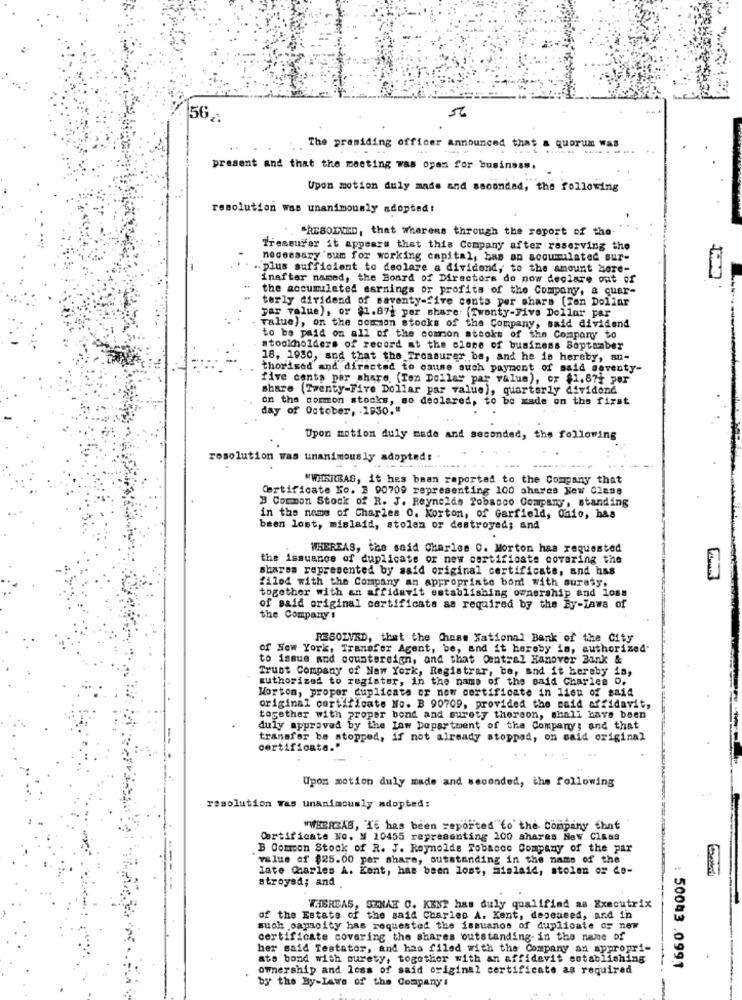
56 ,-
The presiding officer announced that a quorum was
present and that the meeting was open for business.
Upon motion duly made and ssounded, the following
resolution was unanimously adopted!
"REBOLNED, that whereas through the roport of the-
Treseurer it appears that this Company after reserving the
necessary 'sum for working capital, has an accumulated sur-
.. plus sufficient to deolare a dividend, to the amount hore-
inafter named, the Board of Directors do now declare out of
the accumulated earnings or profits of the Company, a quar-
terly dividend of seventy-five conts per share [Ten Dollar
par value), or $1.87; por share: [Twenty-Five Dollar par
value), on the common stocks of the Company, said dividend
to be paid on all of the common stocks of the Company to
stockholders of record at the clone of business Soptamber
18, 1930, and that the Treasurer be, and he is hereby, au-
thorised and directed to cause such payment of said seventy-
five centa per share. (Ten Dollar par value), or $1.87t per
share (Twenty-Five Dollar par value), quarterly dividend
on the common stocks, so declared, to be xade on the first
day of October, . 1930."
Upon motion duly made and seconded, the following
resolution was unanimously adopted:
"WHSILBAG, it has been reported to the Company that
Certificate No. 3 90709 representing 100 shares New 02:se
B Common Stock of R. J. Reynolds Tobacco Company, standing
in the name of Charles 0. Korton, of Garfield, ohio, has
been lost, mislaid, stolen or destroyed; and
WHEREAS, the said Charles 0. Morton has requested
the issuance of duplicate or new certificate covering the
shares represented by said original certificate, and has
filed with the Company an appropriate bom with surety,
together with an affidavit establishing ownership and loss
of said original certificats as required by the By-Laws of
the Company :
RESOLVED, that the Chiese National Bank of the City
of New York, Transfer Agent, be, and it hereby is, authorized.
to issue and countersign, and that Central Hanover Bank &
Trust Company of New York, Registrar, be, and it hereby is,
authorized to register, in the name of the said Charles O.
Morton, propor duplicate or now certificate in lieu of said
original cortificate No. B 90709, provided the said affidavit,
together with proper bond and surety thereon, shall have been
duly approved by the Law Department of the Company; and that
transfer be stopped, if not already stopped, on said original
certificate."
Upon motion duly made and seconded, the following
resolution Was unanimously adopted:
"WHEREAS, It has been reported"to the company that
Certificate No. N 10455 representing 100 shares New Class
B Comcon Stock of R. J. Reynolds Tobacco Company of the par
"value of $25.00 per share, outstanding in the name of the
late Charles A. Kent, has been lost, mislaid, stolen or 4e-
stroyed; and
FIBREAS, SENAK C. KENT has duly qualified as Executrix
of the Estate of the said Charles A. Kent, deseased, and in
such oapsoity has requested the issuanos of duplicate of new
certificate covering the shares outstanding in the name of
her said Testator, and has filed with the Company an appropri-
ate bond with ourety, together with an affidavit establishing
ownership and loss of said original certificate as required
: 500 3 .0991
by the By-Laws of the Company:
-